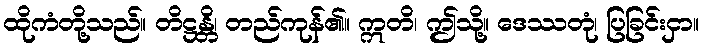
ထိုကံတို့သည်။ တိဋ္ဌန္တိ၊ တည်ကုန်၏။ ဣတိ၊ ဤသို့။ ဒေဿတုံ၊ ပြခြင်းငှာ။